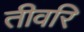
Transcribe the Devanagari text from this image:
तीवरि